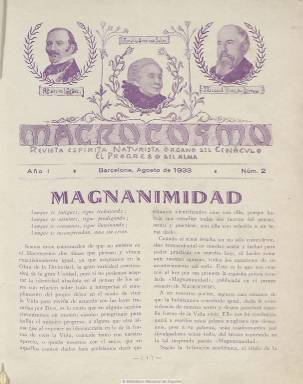
Título: Macrocosmo (Barcelona)
Colección: Espiritismo || Salud e higiene
Ámbito geográfico: Barcelona
Lugar de publicación: Barcelona
Fechas: 01/07/1933-30/06/1935

Revista espiritista y naturista, órgano de prensa del Cenáculo El Progreso del Alma, fundado en agosto de 1922, cuya publicación se inicia en julio de 1933, en entregas mensuales de 32 páginas. Aunque mantendrá el anonimato tanto de sus dirigentes como de los colaboradores de la revista, de los que sólo aparecen sus iniciales o seudónimos -al objeto de huir de la vanidad humana, señala-, se sabe que su máximo responsable es Antonio Badía Matamala, un antiguo sindicalista catalán. En la cabecera de la revista aparecen los retratos de los espiritistas Allan Kardec (1804-1849), Amelia Domingo Soler (1835-1910) y Miguel Vives de Tarrasa (1842-1906), y en la sección Nuestro naturismo, los retratos de los hidroterapeutas Luis Khune (1835-1901) y Vicente Priessnitz (1799-1851), y de Sebastián Kneipp (1821-1897).

Ofrece textos sobre estos asuntos en secciones bajo los epígrafes Traducciones, Medianímicas (comunicaciones de médium), Culinario vegetal (recetas vegetarianas), Colaborando, Biografías de naturistas o Noticiario. Promueve  la práctica del nudismo por los espacios naturales de los alrededores de Barcelona, e inserta fotografías de sus excursiones, junto a retratos de destacados naturistas y espiritistas y algunos dibujos, algunos de ellos humorísticos. Algún texto está escrito en lengua catalana y otros se refieren a la medicina naturista, contraria a la ingesta de alcohol o al tabaquismo. Da cuenta también de las conferencias y asambleas naturistas que se celebran en España.